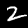
Label: 2